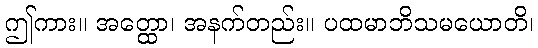
ဤကား။ အတ္ထော၊ အနက်တည်း။ ပထမာဘိသမယောတိ၊